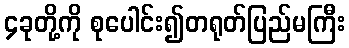
၄ခုတို့ကို စုပေါင်း၍တရုတ်ပြည်မကြီး